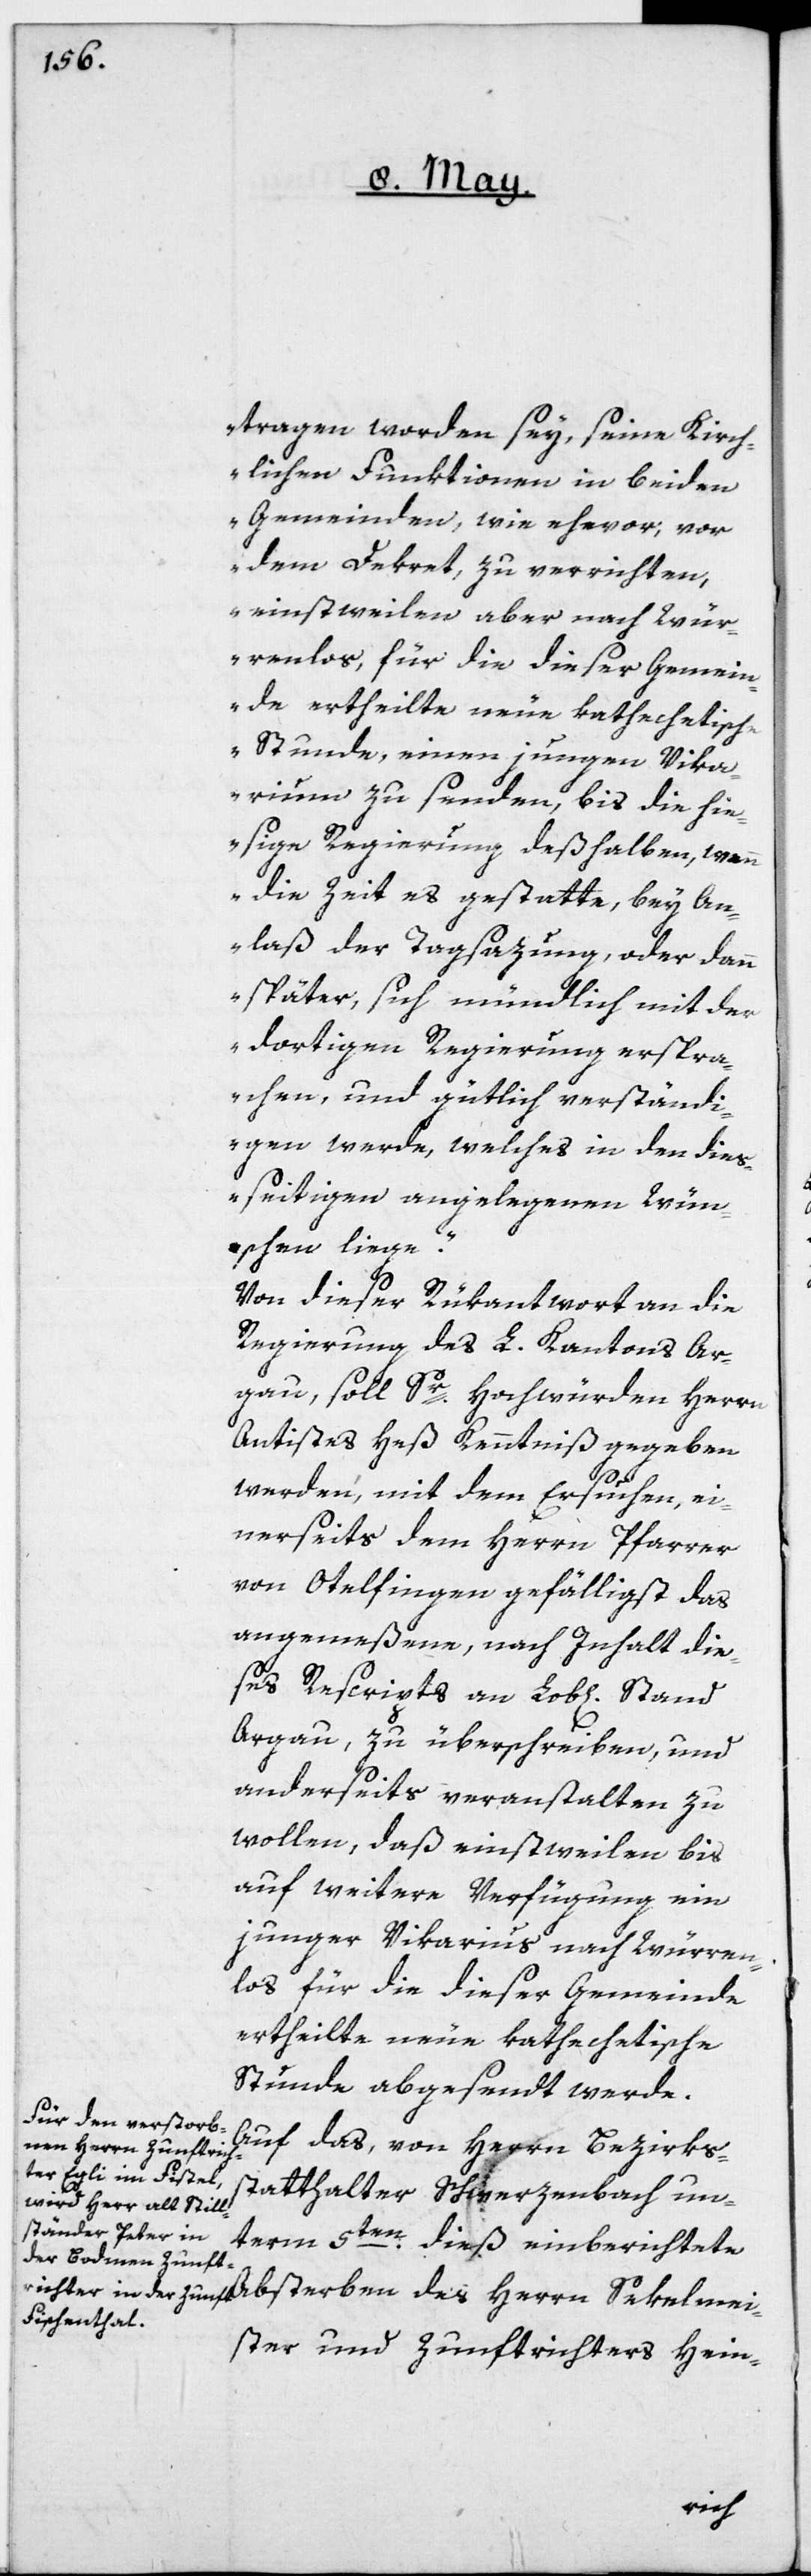
tragen worden sey, seine kirch¬
lichen Funktionen in beiden
Gemeinden, wie ehevor, vor
dem Dekret, zu verrichten,
einstweilen aber nach Wür¬
renlos, für die dieser Gemein¬
de ertheilte neue kathechetische
Stunde, einen jungen Vika¬
rium zu senden, bis die hie¬
sige Regierung deßhalben, wenn
die Zeit es gestatte, bey An¬
laß der Tagsazung, oder dann
später, sich mündlich mit der
dortigen Regierung erspra¬
chen, und gütlich verständi¬
gen werde, welches in den dies¬
seitigen angelegenen Wün¬
schen liege“.
Von dieser Rükantwort an die
Regierung des L. Kantons Ar¬
gau soll Sr Hochwürden Herrn
Antistes Heß Kenntniß gegeben
werden, mit dem Ersuchen, ei¬
nerseits dem Herrn Pfarrer
von Otelfingen gefälligst das
angemeßene, nach Inhalt die¬
ses Rescripts an Lob[lichen]
Argau, zu überschreiben, und
anderseits veranstalten zu
wollen, daß einstweilen bis
auf weitere Verfügung ein
junger Vikarius nach Würren¬
los für die dieser Gemeinde
ertheilte neue kathechetische
Stunde abgesandt werde.
Auf das, von Herrn Bezirks¬
statthalter Schwerzenbach un¬
term 5ten dieß einberichtete
ster und Zunftrichters Hein-
Sekelmei¬